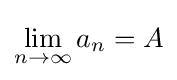
\lim _{n\to \infty }a_{n}=A